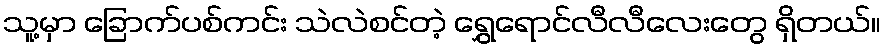
သူ့မှာ ခြောက်ပစ်ကင်း သဲလဲစင်တဲ့ ရွှေရောင်လီလီလေးတွေ ရှိတယ်။